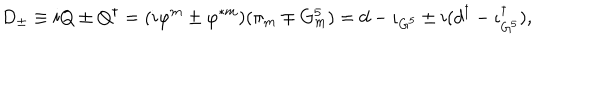
LaTeX: D _ { \pm } \equiv i Q \pm Q ^ { \dagger } = ( i \varphi ^ { m } \pm \varphi ^ { * m } ) ( \pi _ { m } \mp G _ { m } ^ { 5 } ) = d - \iota _ { G ^ { 5 } } \pm i ( d ^ { \dagger } - \iota _ { G ^ { 5 } } ^ { \dagger } ) ,